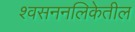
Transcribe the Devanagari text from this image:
श्वसननलिकेतील